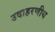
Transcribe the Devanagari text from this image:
उदाहरणीय